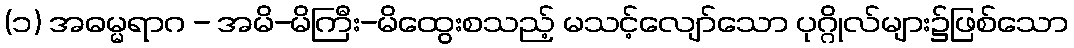
(၁) အဓမ္မရာဂ - အမိ-မိကြီး-မိထွေးစသည့် မသင့်လျော်သော ပုဂ္ဂိုလ်များ၌ဖြစ်သော